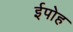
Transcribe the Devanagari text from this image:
ईपोह